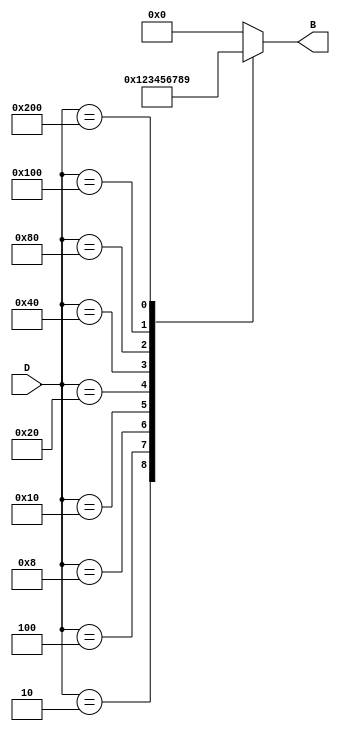
module DecimalToBinaryEncoder (
    input wire [9:0] D,   // 10-bit input representing D0 to D9
    output reg [3:0] B    // 4-bit output representing the binary equivalent
);

// Combinational logic to encode decimal to binary
always @(*) begin
    case (D)
        10'b0000000001: B = 4'b0000; // D0
        10'b0000000010: B = 4'b0001; // D1
        10'b0000000100: B = 4'b0010; // D2
        10'b0000001000: B = 4'b0011; // D3
        10'b0000010000: B = 4'b0100; // D4
        10'b0000100000: B = 4'b0101; // D5
        10'b0001000000: B = 4'b0110; // D6
        10'b0010000000: B = 4'b0111; // D7
        10'b0100000000: B = 4'b1000; // D8
        10'b1000000000: B = 4'b1001; // D9
        default:        B = 4'b0000;  // Invalid input case (all low or more than one high)
    endcase
end

endmodule